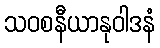
သဝစနီယာနုဝါဒနံ